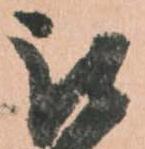
被